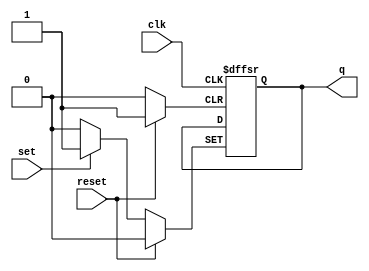
module flipflop (
    input wire clk,
    input wire reset,
    input wire set,
    output reg q
);

always @(posedge clk or posedge reset or posedge set) begin
    if (reset) begin
        q <= 1'b0;
    end else if (set) begin
        q <= 1'b1;
    end
end

endmodule